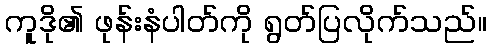
ကူဒို၏ ဖုန်းနံပါတ်ကို ရွတ်ပြလိုက်သည်။